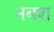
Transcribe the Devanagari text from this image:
नबश